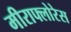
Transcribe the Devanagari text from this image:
मीराफ्लोरेस